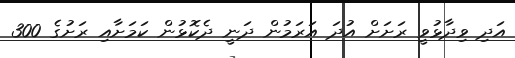
އަދި ވިދާޅުވީ ރަށަށް އުދަ އަރަމުން ދަނީ ދެކޮޅުން ކަމަށާއި ރަށުގެ 300